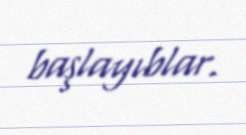
başlayıblar.